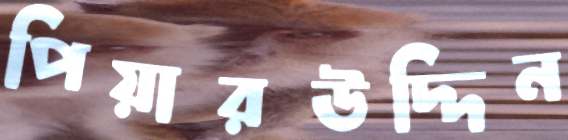
পিয়ারউদ্দিন